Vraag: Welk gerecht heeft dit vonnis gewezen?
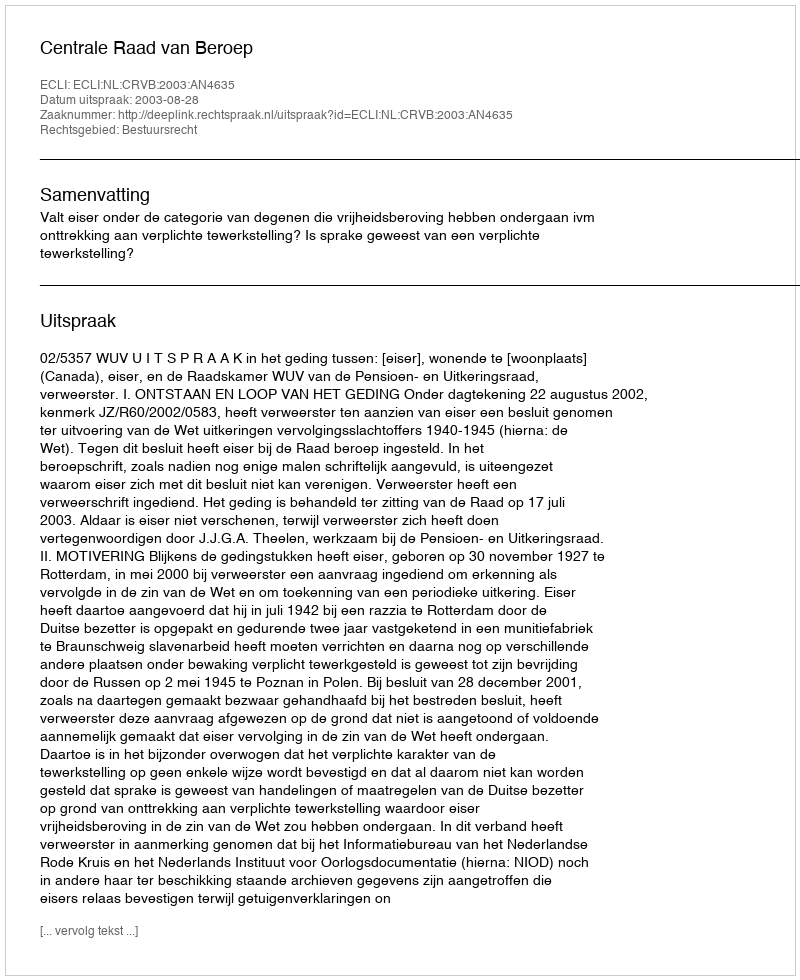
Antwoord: Centrale Raad van Beroep